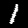
Digit: 1